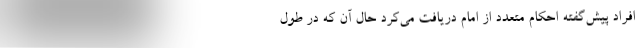
افراد پیش‌گفته احکام متعدد از امام دریافت می‌کرد حال آن که در طول